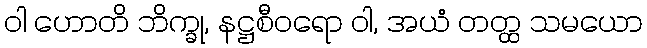
ဝါ ဟောတိ ဘိက္ခု, နဋ္ဌစီဝရော ဝါ, အယံ တတ္ထ သမယော